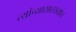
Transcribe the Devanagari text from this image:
त्यांच्यासारख्याच